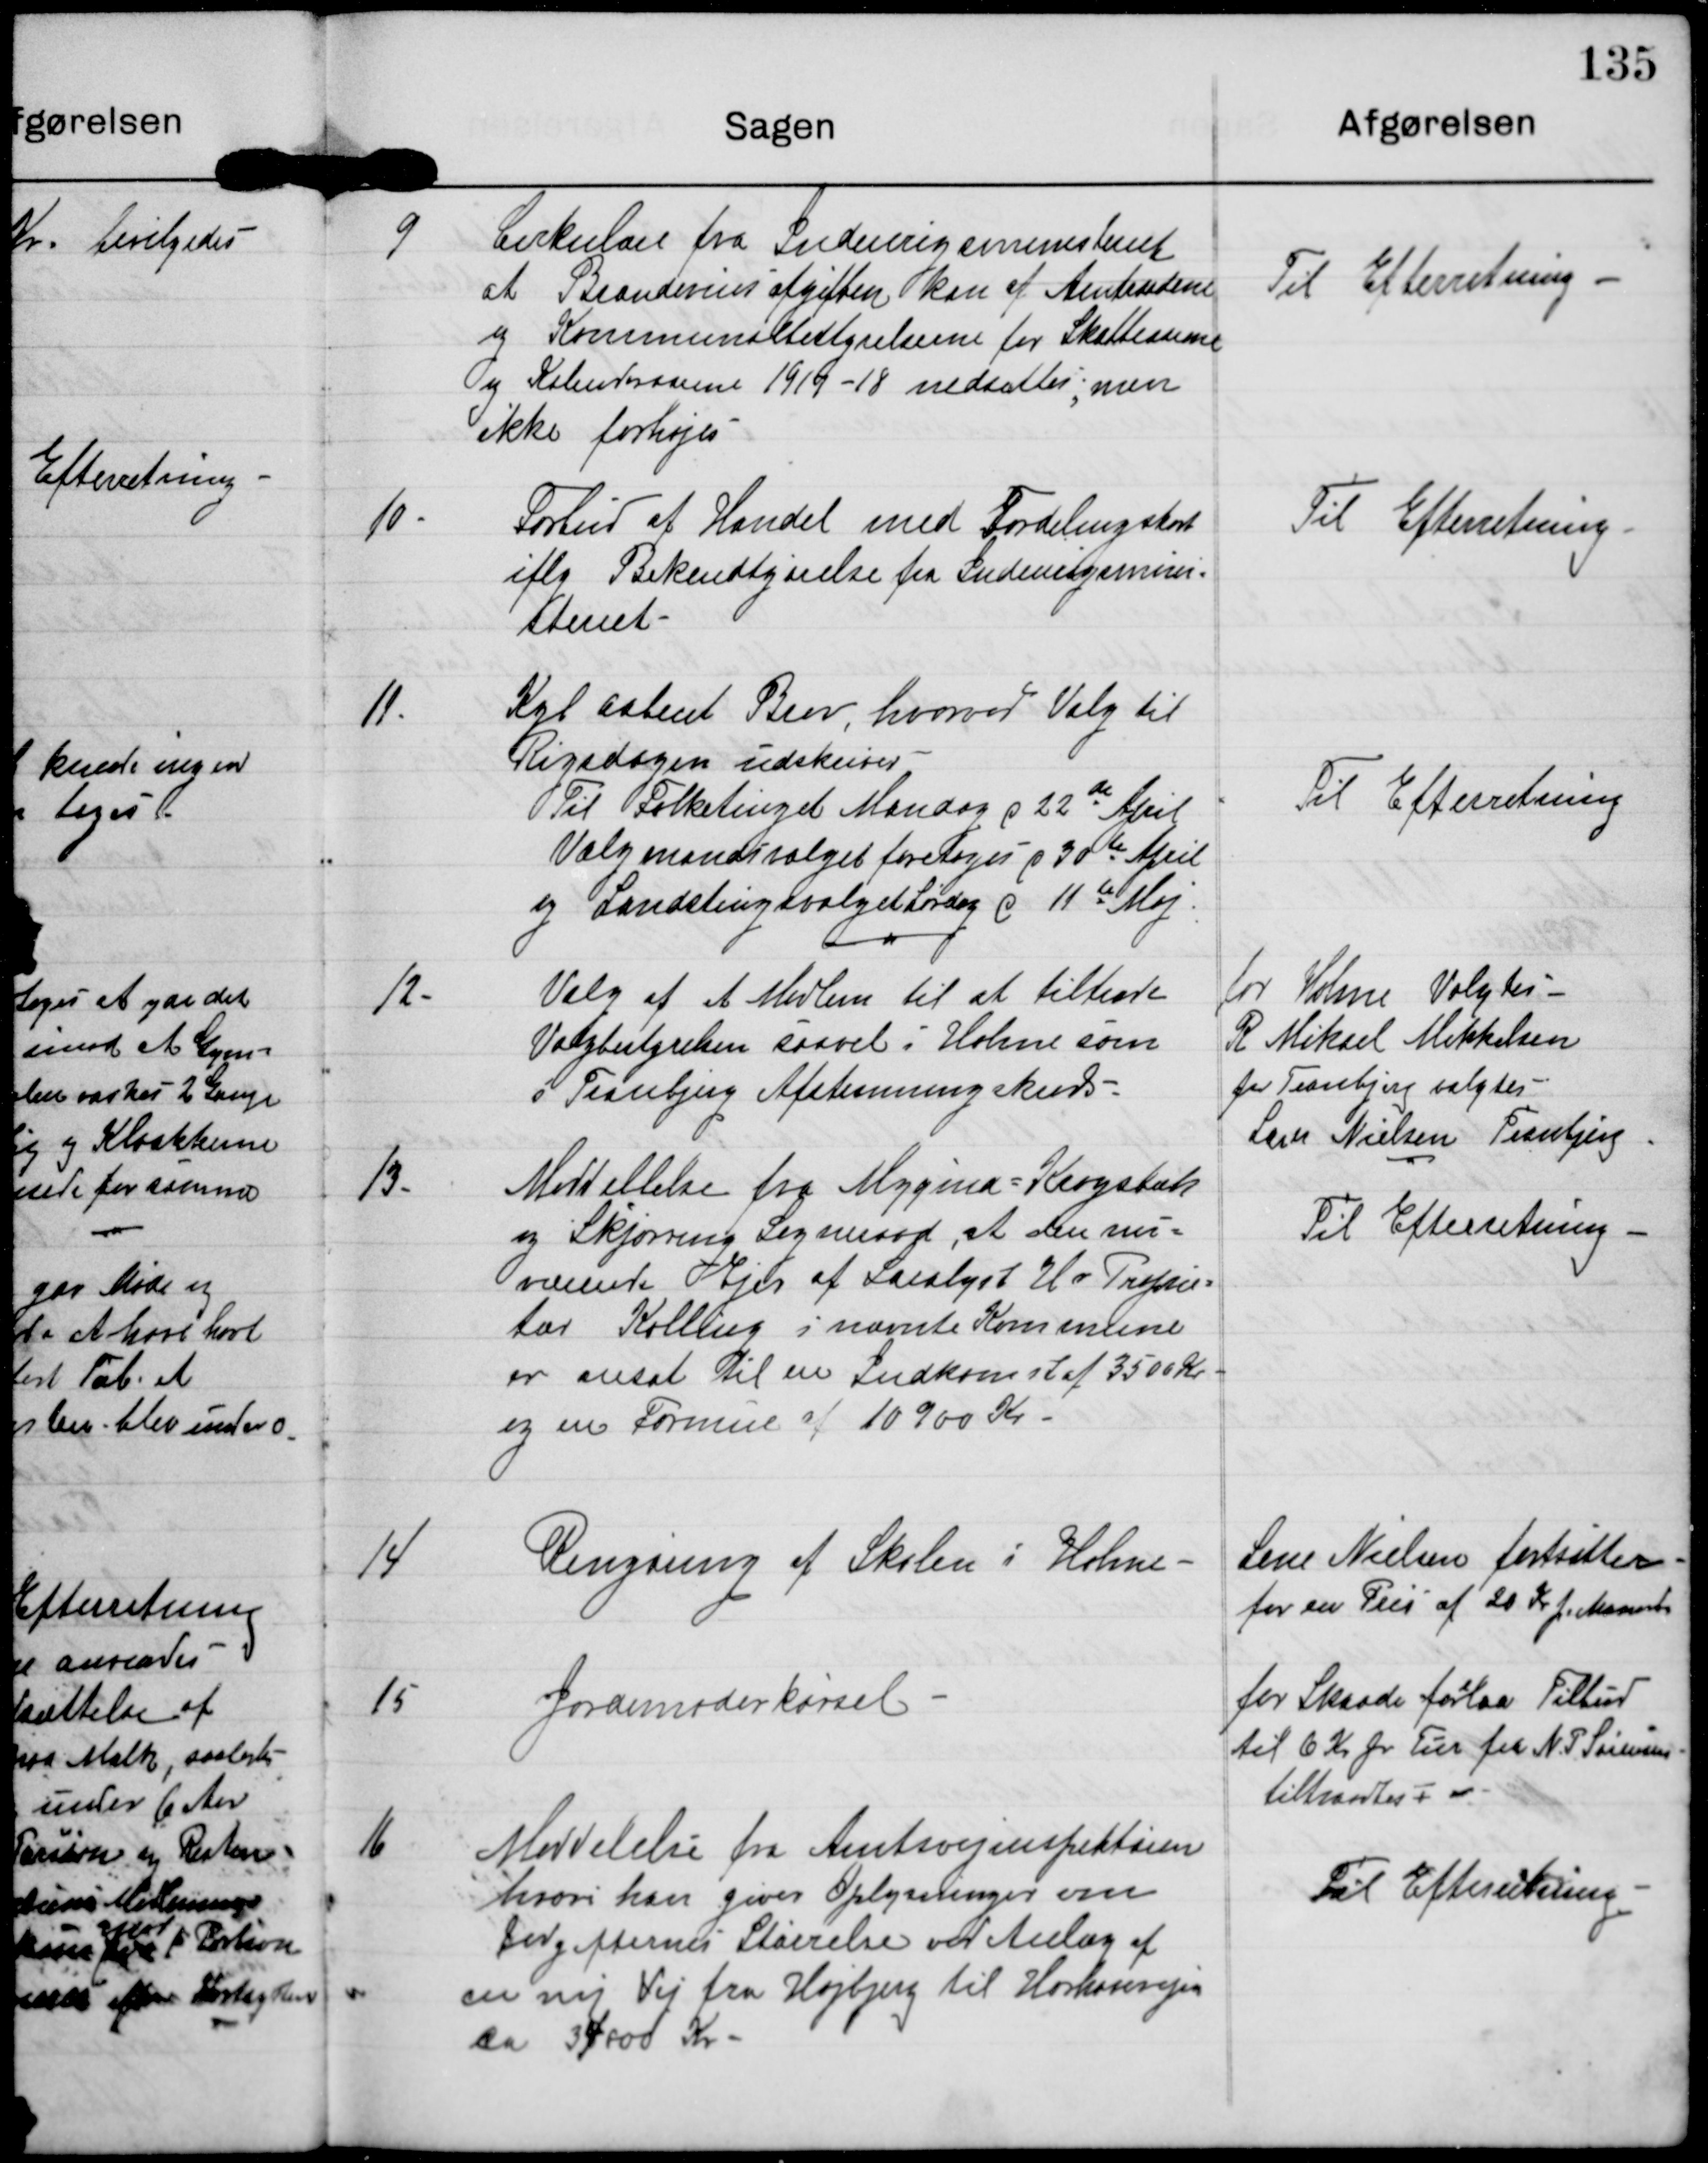
Transskription:
9

Cirkulære fra Indenrigsministeriet
at Brændevindsafgiften kan af Amtsraadene
og Kommunalbestyrelserne for Skatteaarene
og Kalenderaarene 1917-18 nedsættes, men
ikke forhøjes.

Til Efterretning

10.

Forbud af Handel med Fordelingskort
iflg Bekendtgørelse fra Indenrigsmini-
steriet.

Til Efterretning

11.

Kgl. aabent Brev, hvorved Valg til
Rigsdagen udskrives.
Til Folketinget Mandag d 22de April.
Valgmandsvalget foretages d 30te April
og Landstingsvalget Lørdag d 11te Maj.

Til Efterretning

12.

Valg af et Medlem til at tiltræde
Valgbestyrelsen saavel i Holme som
i Tranbjerg Afstemningskreds.

for Holme Valgtes
R Mikael Mikkelsen
for Tranbjerg valgtes
Lærer Nielsen Tranbjerg

13.

Meddelelse fra Mygind-Krogsbæk
og Skjørring Sogneraad, at den nu-
værende Ejer af Saralyst Hr Proprie-
tær Kolling i nævnte Kommune
er ansat til en Indkomst af 3500 Kr
og en Formue af 10900 Kr.

Til Efterretning

14

Rengøring af Skolen i Holme

Lene Nielsen fortsætter
for en Pris af 20 Kr pr Maaned.

15

Jordmoderkørsel

for Skaade forelaa Tilbud
til 6 Kr pr Tur fra N.P. Sørensen
tiltraadtes

16

Meddelelse fra Amtsvejinspektøren
hvori han giver Oplysninger om
Udgifternes Størrelse ved Anlæg af
en ny Vej fra Højbjerg til Horsensvejen
ca 34000 Kr.

Til Efterretning